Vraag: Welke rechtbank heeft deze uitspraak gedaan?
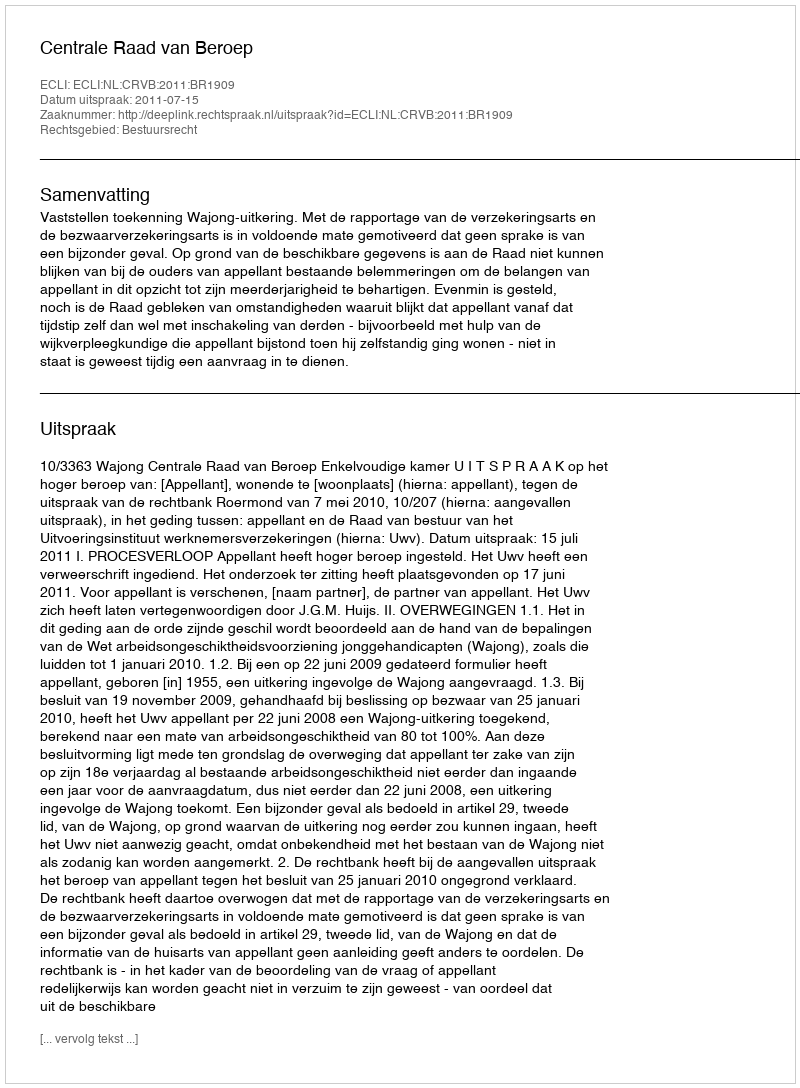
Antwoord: Centrale Raad van Beroep